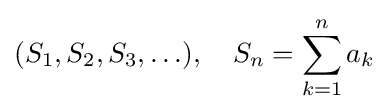
(S_{1},S_{2},S_{3},\ldots ),\quad S_{n}=\sum _{k=1}^{n}a_{k}